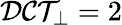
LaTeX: \mathcal{DCT}_{\perp}=2